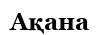
Ақана